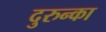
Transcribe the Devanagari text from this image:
दुरुन्का